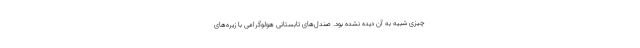
چیزی شبیه به آن دیده نشده بود. صندل‌های تابستانی هولوگرامی با زیره‌های